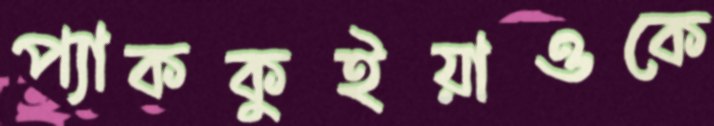
প্যাককুইয়াওকে